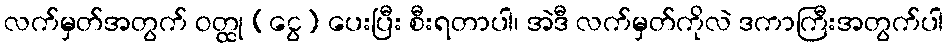
လက်မှတ်အတွက် ဝတ္ထု (ငွေ) ပေးပြီး စီးရတာပါ၊ အဲဒီ လက်မှတ်ကိုလဲ ဒကာကြီးအတွက်ပါ